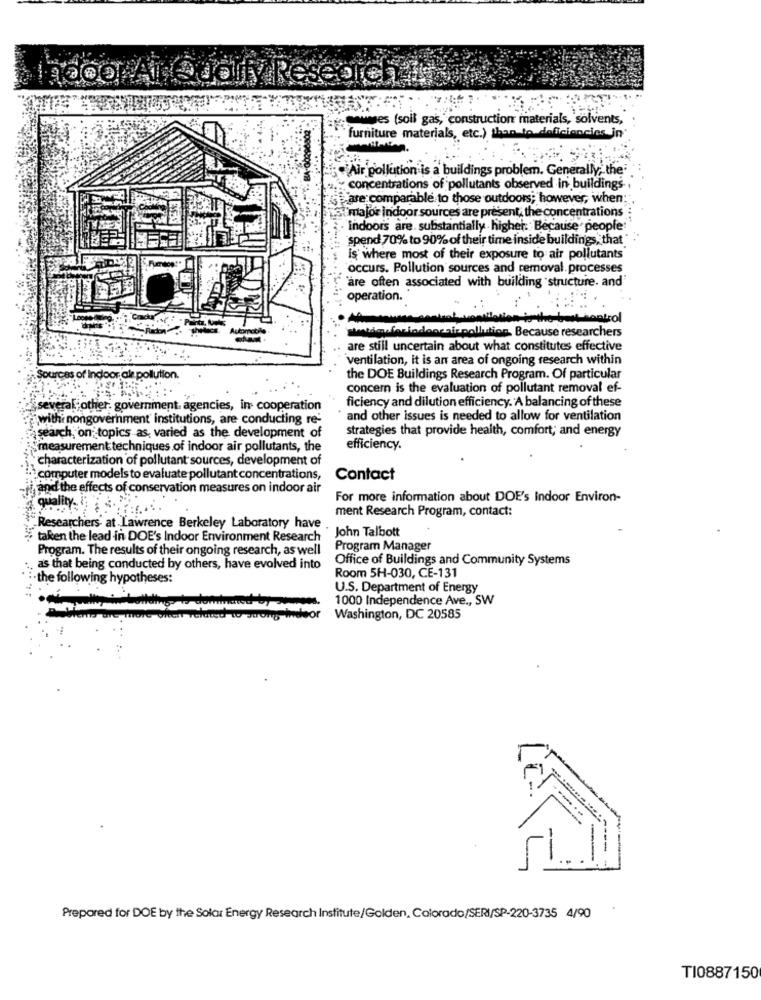
wwwes (soil gas, construction materials, solvents,
furniture materials, etc.) than to deficiencies in
Air pollution is a buildings problem. Generally; the
concentrations of pollutants observed in buildings
are comparable to those outdoors; however, when;
istmajor indoor sources are present, the concentrations"
indoors are. substantially higher. Because people"
spend 70% to 90% of their time inside buildings, that "
is where most of their exposure to air pollutants
occurs. Pollution sources and removal. processes
are often associated with building structure. and
operation.
Automobile-
station for indoorair pollution, Because researchers
are still uncertain about what constitutes effective
ventilation, it is an area of ongoing research within
Sources of Indoor ale pollution.
the DOE Buildings Research Program. Of particular
concern is the evaluation of pollutant removal ef-
ficiency and dilution efficiency. A balancing of these
several other. government agencies, in cooperation
withi nongovernment institutions, are conducting re-
and other issues is needed to allow for ventilation
strategies that provide health, comfort; and energy
search, on topics as, varied as the development of
measurement techniques of indoor air pollutants, the
efficiency.
characterization of pollutant sources, development of
computer models to evaluate pollutant concentrations,
Contact
i,and the effects of conservation measures on indoor air
quality. ;
For more information about DOE's Indoor Environ-
ment Research Program, contact:
Researchers at Lawrence Berkeley Laboratory have
John Talbott
# taken the lead in DOE's Indoor Environment Research
Program. The results of their ongoing research, as well
Program Manager
Office of Buildings and Community Systems
as that being conducted by others, have evolved into
·the following hypotheses:
Room 5H-030, CE-131
U.S. Department of Energy
1000 Independence Ave ., SW
For
Washington, DC 20585
Prepared for DOE by the Solar Energy Research Institute/Golden, Colorado/SERI/SP-220-3735 4/90
TI0887150